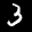
Label: 3